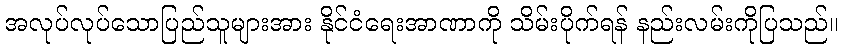
အလုပ်လုပ်သောပြည်သူများအား နိုင်ငံရေးအာဏာကို သိမ်းပိုက်ရန် နည်းလမ်းကိုပြသည်။